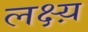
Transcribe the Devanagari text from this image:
लक्ष्य़